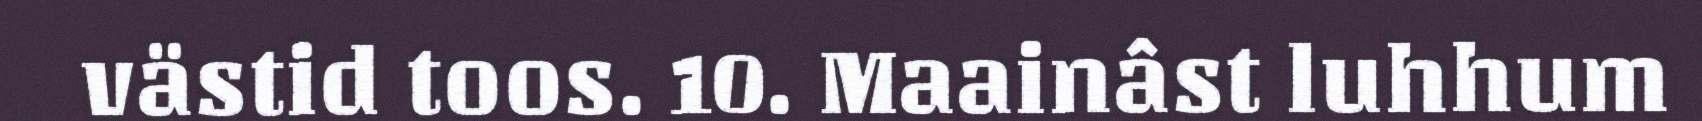
västid toos. 10. Maainâst luhhum